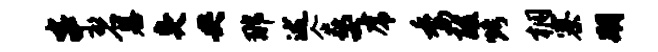
串碧墓臭央那述企嫠虎委酸烤桐寨期